Continuation classes, 1926
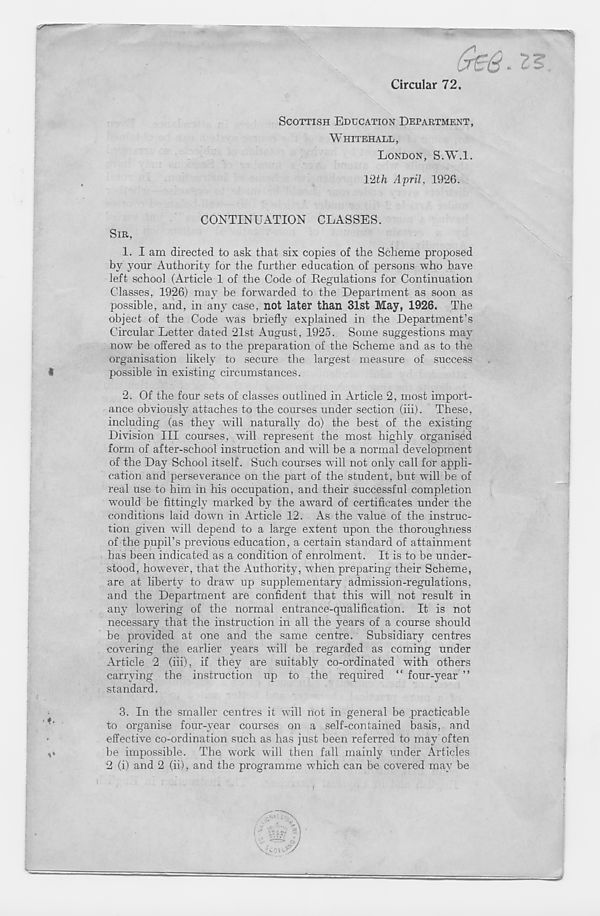
Circular 72.
SCOTTISH EDUCATION DEPARTMENT,
WHITEHALL,
LONDON, S.W.l.
Uth April, 1926.
CONTINUATION CLASSES.
SIR,
1. I am directed to ask that six copies of the Scheme proposed
by your Authority for the further education of persons who have
left school (Article 1 of the Code of Eegulations for Continuation
Classes, 1926) may be forwarded to the Department as soon as
possible, and, in any case, not later than 31st May, 1926. The
object of the Code was briefly explained in the Department’s
Circular Letter dated 21st August, 1925. Some suggestions may
now be offered as to the preparation of the Scheme and as to the
organisation likely to secure the largest measure of success
possible in existing circumstances.
2. Of the four sets of classes outlined in Article 2, most import-
ance obviously attaches to the courses under section (iii). These,
including (as they will naturally do) the best of the existing
Division III courses, w T ill represent the most highly organised
form of after-school instruction and will be a normal development
of the Day School itself. Such courses will not only call for appli-
cation and perseverance on the part of the student, but will be of
real use to him in his occupation, and their successful completion
would be fittingly marked by the award of certificates under the
conditions laid down in Article 12. As the value of the instruc-
tion given will depend to a large extent upon the thoroughness
of the pupil’s previous education, a certain standard of attainment
has been indicated as a condition of enrolment. It is to be under-
stood, however, that the Authority, when preparing their Scheme,
are at liberty to draw up supplementary admission-regulations,
and the Department are confident that this will not result in
any lowering of the normal entrance-qualification. It is not
necessary that the instruction in all the years of a course should
be provided at one and the same centre. Subsidiary centres
covering the earlier years will be regarded as coming under
Article 2 (iii), if they are suitably co-ordinated with others
carrying the instruction up to the required “ four-year ”
standard.
3. In the smaller centres it will not in general be practicable
to organise four-year courses on a self-contained basis, and
effective co-ordination such as has just been referred to may often
be impossible. The work will then fall mainly under Articles
2 (i) and 2 (ii), and the programme which can be covered may be